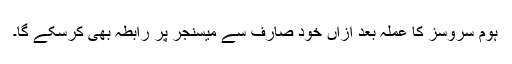
ہوم سروسز کا عملہ بعد ازاں خود صارف سے میسنجر پر رابطہ بھی کرسکے گا۔